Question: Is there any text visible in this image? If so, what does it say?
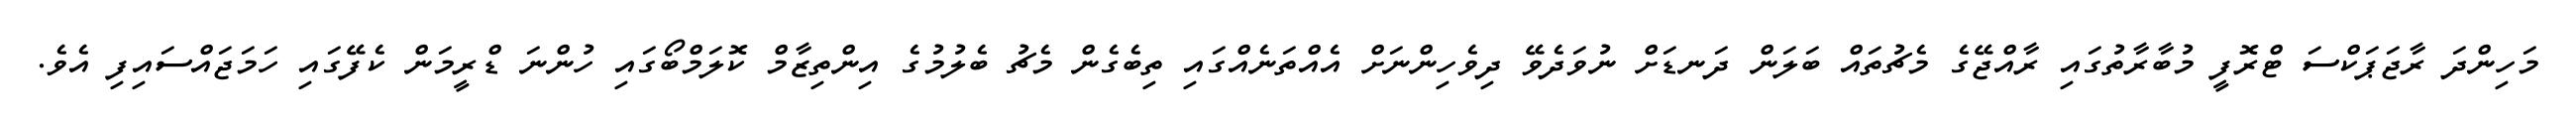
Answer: މަހިންދަ ރާޖަޕަކްސަ ޓްރޮފީ މުބާރާތުގައި ރާއްޖޭގެ މެޗުތައް ބަލަން ދަނޑަށް ނުވަދެވޭ ދިވެހިންނަށް އެއްތަނެއްގައި ތިބެގެން މެޗު ބެލުމުގެ އިންތިޒާމް ކޮލަމްބޯގައި ހުންނަ ޑްރީމަން ކެފޭގައި ހަމަޖައްސައިފި އެވެ.